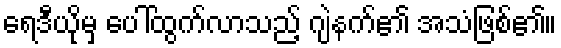
ရေဒီယိုမှ ပေါ်ထွက်လာသည့် ဂျဲနက်၏ အသံဖြစ်၏။